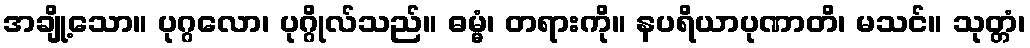
အချို့သော။ ပုဂ္ဂလော၊ ပုဂ္ဂိုလ်သည်။ ဓမ္မံ၊ တရားကို။ နပရိယာပုဏာတိ၊ မသင်။ သုတ္တံ၊